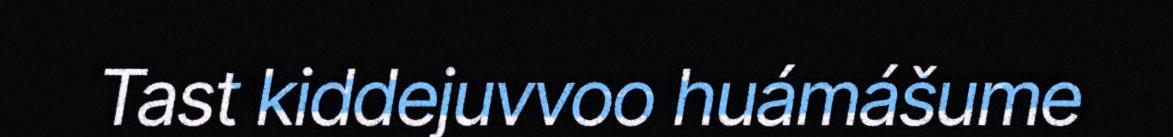
Tast kiddejuvvoo huámášume